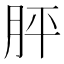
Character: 胓